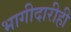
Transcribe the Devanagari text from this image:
भागीदारीही